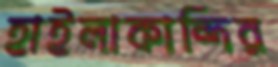
হাইলাকান্দির